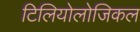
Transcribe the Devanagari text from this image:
टिलियोलोजिकल